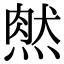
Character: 𤌔